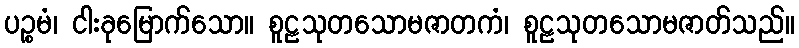
ပဉ္စမံ၊ ငါးခုမြောက်သော။ စူဠသုတသောမဇာတကံ၊ စူဠသုတသောမဇာတ်သည်။